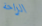
الراحة